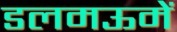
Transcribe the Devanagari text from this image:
डलमऊमें